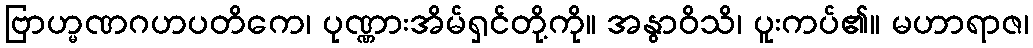
ဗြာဟ္မဏဂဟပတိကေ၊ ပုဏ္ဏားအိမ်ရှင်တို့ကို။ အနွာဝိသိ၊ ပူးကပ်၏။ မဟာရာဇ၊